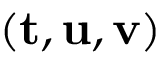
( { \bf t } , { \bf u } , { \bf v } )